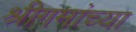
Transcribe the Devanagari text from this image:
श्रीगमांच्या